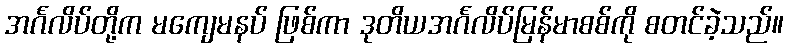
အင်္ဂလိပ်တို့က မကျေမနပ် ဖြစ်ကာ ဒုတိယအင်္ဂလိပ်မြန်မာစစ်ကို စတင်ခဲ့သည်။